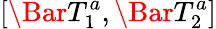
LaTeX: \left[\Bar{T}_{1}^{a},\Bar{T}_{2}^{a}\right]